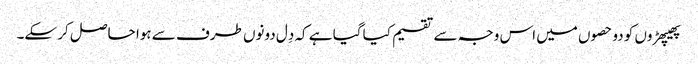
پھیپھڑوں کو دو حصوں میں اس وجہ سے تقسیم کیا گیا ہے کہ دِل دونوں طرف سے ہوا حاصل کر سکے۔